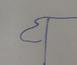
Signature authenticity: forged